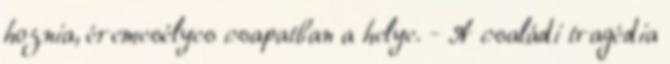
hoznia, éremesélyes csapatban a helye. - A családi tragédia